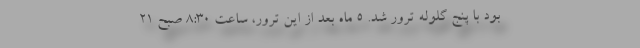
بود با پنج گلوله ترور شد. ۵ ماه بعد از این ترور، ساعت ۸:۳۰ صبح ۲۱